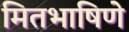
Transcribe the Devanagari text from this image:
मितभाषिणे